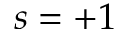
s = + 1